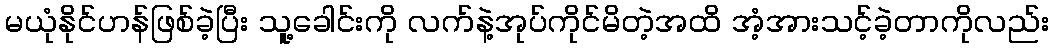
မယုံနိုင်ဟန်ဖြစ်ခဲ့ပြီး သူ့ခေါင်းကို လက်နဲ့အုပ်ကိုင်မိတဲ့အထိ အံ့အားသင့်ခဲ့တာကိုလည်း